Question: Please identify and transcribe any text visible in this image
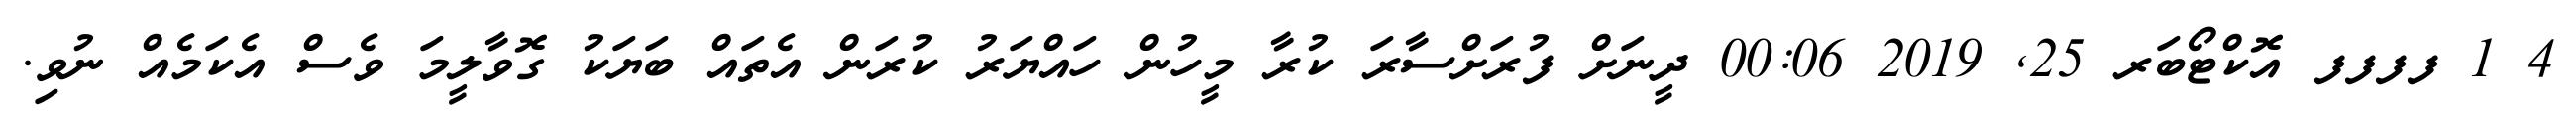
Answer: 4 1 ފފފފ އޮކްޓޯބަރ 25, 2019 00:06 ދީނަށް ފުރަށްސާރަ ކުރާ މީހުން ހައްޔަރު ކުރަން އެތައް ބަޔަކު ގޮވާލީމަ ވެސް އެކަމެއް ނުވި.